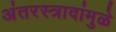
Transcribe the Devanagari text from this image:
अंतरस्त्रावांमुळे